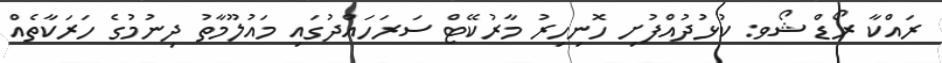
ރައްކާ ރޯޑް ޝޯވ: ކުޅުދުއްފުށި ހޮނިހިރު މާރުކޭޓް ސަރަހައްދުގައި މައުލޫމާތު ދިނުމުގެ ހަރަކާތެއް